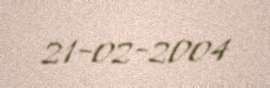
21-02-2004